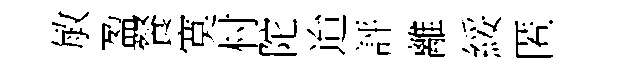
敏盈餐寞村陀迨評離綏匿